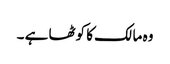
وہ مالک کا کوٹھا ہے ۔